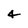
Character: 4